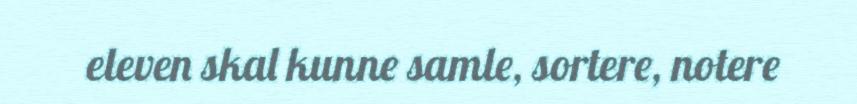
eleven skal kunne samle, sortere, notere